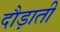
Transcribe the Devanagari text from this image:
दौड़ाती